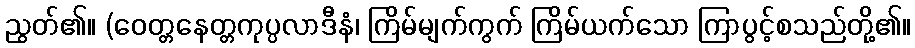
ညွတ်၏။ (ဝေတ္တနေတ္တကုပ္ပလာဒီနံ၊ ကြိမ်မျက်ကွက် ကြိမ်ယက်သော ကြာပွင့်စသည်တို့၏။